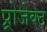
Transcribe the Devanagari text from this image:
प्र्रोजेक्ट